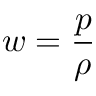
w = \frac { p } { \rho }